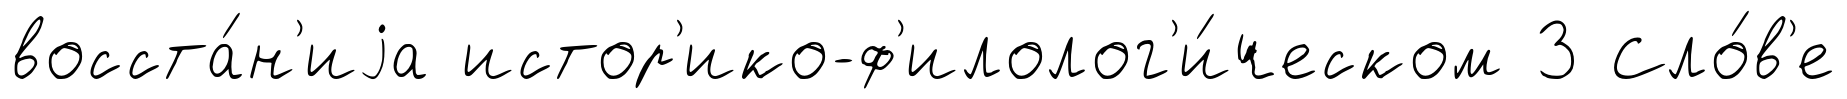
восста́н'иjа истор'ико-ф'илолог'и́ческом 3 Сло́в'е